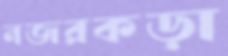
নজরকড়া